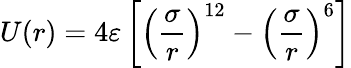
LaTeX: U(r)=4\varepsilon\left[\left({\frac{\sigma}{r}}\right)^{12}-\left({\frac{\sigma}{r}}\right)^{6}\right]